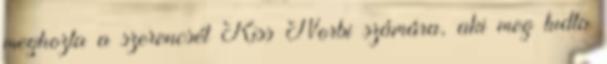
meghozta a szerencsét Kiss Norbi számára, aki meg tudta